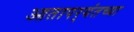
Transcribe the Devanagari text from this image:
आतापर्‍यंतच्या